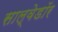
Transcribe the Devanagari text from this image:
साल्वेडॉर